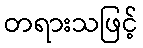
တရားသဖြင့်